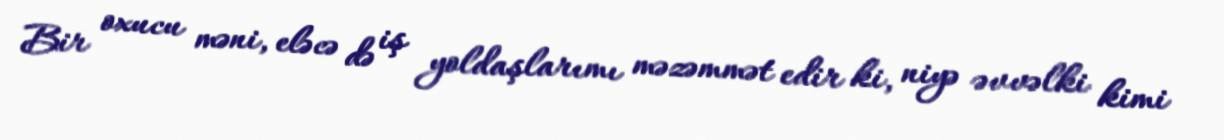
Bir oxucu məni, eləcə də iş yoldaşlarımı məzəmmət edir ki, niyə əvvəlki kimi